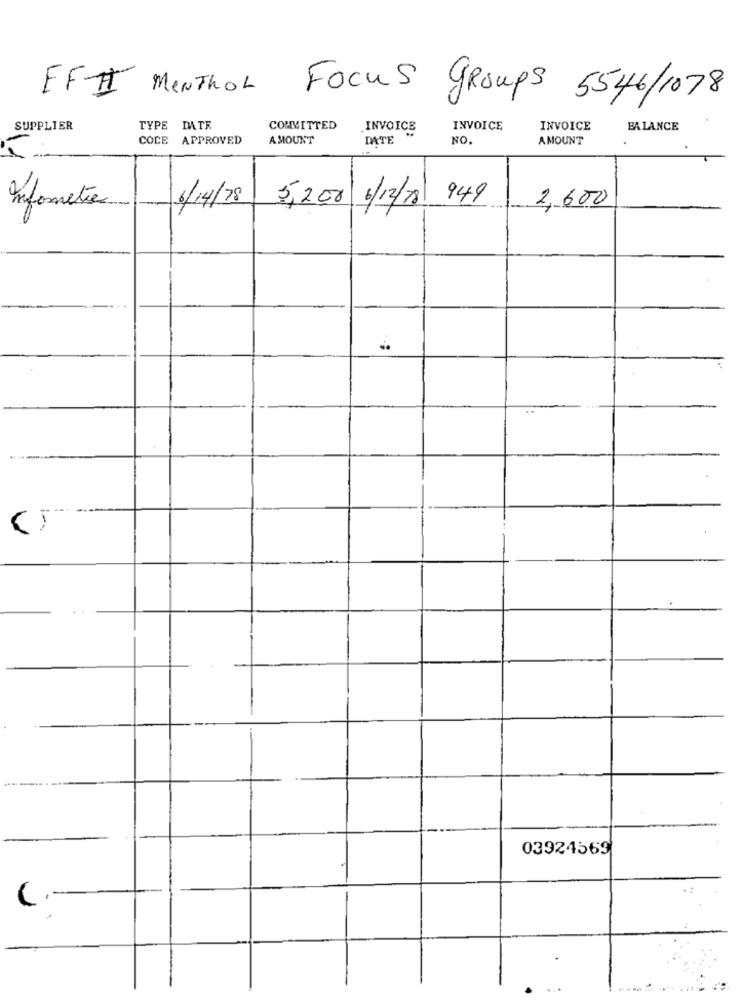
FFII
MENTHOL
Focus groups 5546/1078
SUPPLIER
TYPE DATE
COMMITTED
.INVOICE
INVOICE
INVOICE
BALANCE
COLE APPROVED
AMOUNT
DATE
NO.
AMOUNT
5,200 6/12/18
949
2,600
Informatie
6/4/78
..;
-
03924569